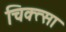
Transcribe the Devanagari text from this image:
चिक्त्सा